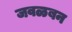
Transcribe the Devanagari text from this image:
जवळबन